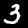
Label: 3